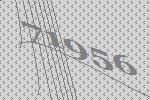
71956